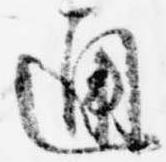
通